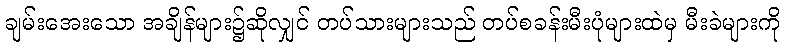
ချမ်းအေးသော အချိန်များ၌ဆိုလျှင် တပ်သားများသည် တပ်စခန်းမီးပုံများထဲမှ မီးခဲများကို